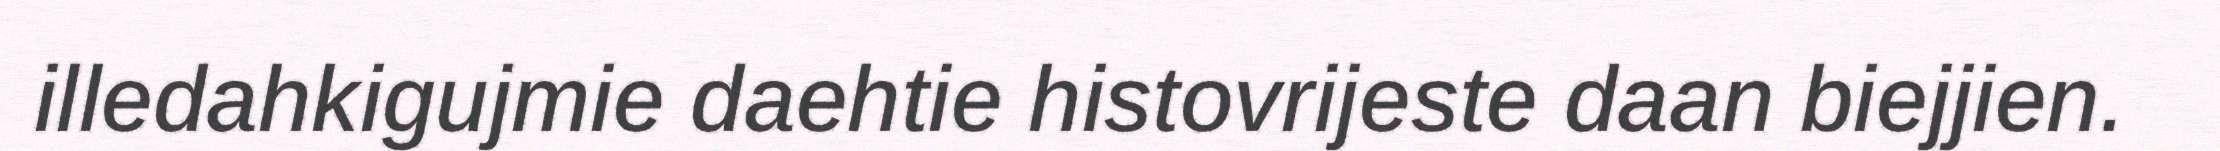
illedahkigujmie daehtie histovrijeste daan biejjien.